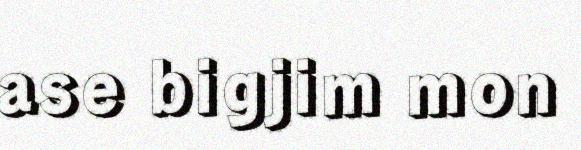
ase bigjim mon